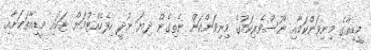
މީޑިއާގެ މިނިވަންކަމާއި ނޫސްވެރިކަމުގެ މިނިވަންކަން ނެތިގެން ދިޔަ ނުދީ ހިފެހެއްޓުމަށް ޓަކައި މީޑިއާތަކަށާއި